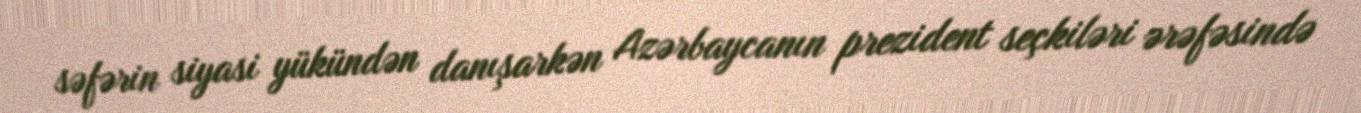
səfərin siyasi yükündən danışarkən Azərbaycanın prezident seçkiləri ərəfəsində